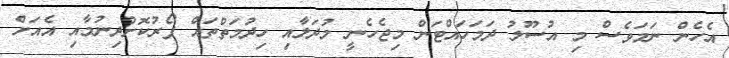
އެހެން ނަމަވެސް މި އުސޫލު ދަމަހައްޓަން މިޖެހެނީ މުދަލާއި ހިދުމަތްތައް ފޯރުކޮށްދިނުމާއި އެއަށް